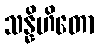
သန္နိဟိတော